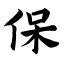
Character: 保